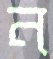
ন